Report on vaccination in Madras 1904-1921 - 1904-1921
Year: 1904
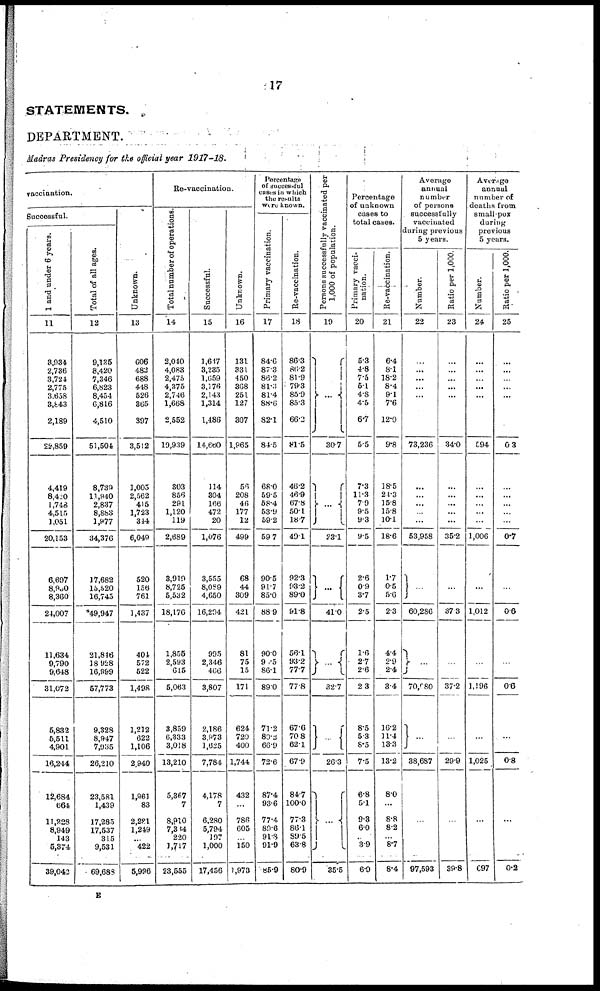
17
STATEMENTS.
DEPARTMENT.
Madras Presidency for the official year 1917-18.
vaccination.
Successful.
1 and under 6 years.
11
3,934
2,736
3,724
2,775
3,658
3,843
2,189
22,859
4,419
8,420
1,748
4,515
1,051
20,153
6,697
8,930
8,360
24,007
11,634
9,790
9,648
31,072
5,832
5,511
4,901
16,244
12,684
664
11,228
8,949
143
6,874
39,042
Total of all ages.
12
9,135
8,420
7,346
6,823
8,454
6,816
4,510
51,504
8,739
11,840
2,837
8,883
1,977
34,376
17,682
15,520
16,745
49,947
21,846
18 928
16,999
57,773
9,328
8,947
7,935
26,210
23,581
1,439
17,285
17,537
315
9,531
69,688
Unknown.
13
606
482
688
448
526
365
397
3,512
1,005
2,562
415
1,723
344
6,049
520
156
761
1,437
404
572
522
1,498
1,212
622
1,106
2,940
1,961
83
2,281
1,249
...
422
5,996
Re-vaccination.
Total number of operations
14
2,040
4,083
2,475
4,375
2,746
1,668
2,552
19,939
303
856
291
1,120
119
2,689
3,919
8,725
5,532
18,176
1,855
2,593
615
5,063
3,859
6,333
3,018
13,210
5,367
7
8,910
7,314
220
1,717
23,555
Successful.
15
1,617
3,235
1,659
3,176
2,143
1,314
1,486
14,660
114
304
166
472
20
1,076
3,555
8,089
4,650
16,294
995
2,346
466
3,807
2,186
3,973
1,625
7,784
4,178
7
6,280
5,794
197
1,000
17,456
Unknown.
16
131
331
450
368
251
127
307
1,965
56
208
46
177
12
499
68
44
309
421
81
75
15
171
624
720
400
1,744
432
...
786
605
...
150
1,978
Percentage
of successful
cases in which
the results
were known.
Primary vaccination.
17
84.6
87.3
86.2
81.3
81.4
88.6
82.1
84.5
68.0
59.5
58.4
53.9
59.2
59.7
90.5
91.7
85.0
88.9
90.0
90.5
86.1
89.0
71.2
80.2
66.9
72.6
87.4
93.6
77.4
89.6
91.8
91.9
85.9
Re-vaccination.
18
86.3
86.2
81.9
79.3
85.9
85.3
66.2
81.5
46.2
46.9
67.8
50.1
18.7
49.1
92.3
93.2
89.0
91.8
56.1
93.2
77.7
77.8
67.6
70.8
62.1
67.9
84.7
100.0
77.3
86.1
89.5
63.8
80.9
Persons successfully vaccinated per
1,000 of population.
19
...
30.7
...
23.1
...
41.0
...
32.7
...
26.3
...
35.5
Percentage
of unknown
cases to
total cases.
Primary vacci-
nation.
20
5.3
4.8
7.5
5.1
4.8
4.5
6.7
5.5
7.3
11.3
7.9
9.5
9.3
9.5
2.6
0.9
3.7
2.5
1.6
2.7
2.6
2.3
8.5
5.3
8.5
7.5
6.8
5.1
9.3
6.0
...
3.9
6.9
Re-vaccination.
21
6.4
8.1
18.2
8.4
9.1
7.6
12.0
9.8
18.5
24.3
15.8
15.8
10.1
18.6
1.7
0.5
5.6
2.3
4.4
2.9
2.4
3.4
16.2
11.4
13.3
13.2
8.0
...
8.8
8.2
...
8.7
8.4
Average
annual
number
of persons
successfully
vaccinated
during previous
5 years.
Number.
22
...
...
...
...
...
...
...
73,236
...
...
...
...
...
53,958
...
60,286
...
70,080
...
38,687
...
97,593
Ratio per 1,000.
23
...
...
...
...
...
...
...
34.0
...
...
...
...
...
35.2
...
37.3
...
37.2
...
29.9
...
89.8
Average
annual
number of
deaths from
small-pox
during
previous
5 years.
Number.
24
...
...
...
...
...
...
...
594
...
...
...
...
...
1,006
...
1,012
...
1,196
...
1,025
...
697
Ratio per 1,000.
25
...
...
...
...
...
...
...
0.3
...
...
...
...
...
0.7
...
0.6
...
0.6
...
0.8
...
0.2
E